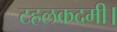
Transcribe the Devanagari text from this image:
टहलकदमी।